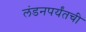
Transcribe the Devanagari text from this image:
लंडनपर्यंतची